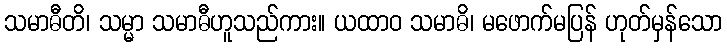
သမာဓီတိ၊ သမ္မာ သမာဓီဟူသည်ကား။ ယထာဝ သမာဓိ၊ မဖောက်မပြန် ဟုတ်မှန်သော